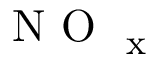
\mathrm { ~ N ~ O ~ } _ { \mathrm { ~ x ~ } }